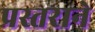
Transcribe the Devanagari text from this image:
प्रस्तराने